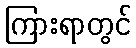
ကြားရာတွင်